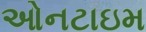
ઓનટાઇમ